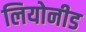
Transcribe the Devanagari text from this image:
लियोनीड